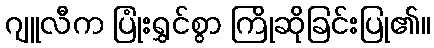
ဂျူလီက ပြုံးရွှင်စွာ ကြိုဆိုခြင်းပြု၏။